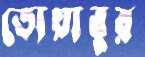
তোয়াবুর